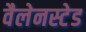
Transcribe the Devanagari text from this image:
वैलेनस्टेड